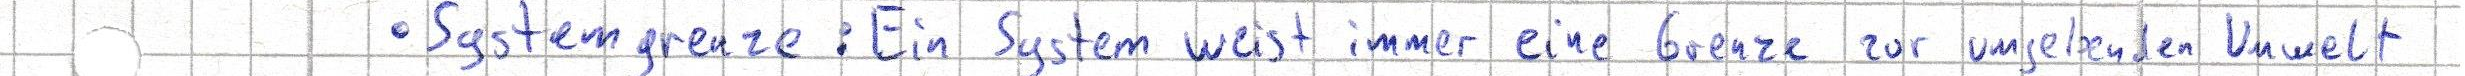
- Systemgrenze: Ein System weist immer eine Grenze zur umgebenden Umwelt